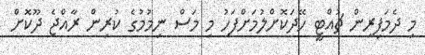
މި ދެމަފިރިން ޗުއްޓީ ހޭދަކޮށްލުމަށްފަހު މި މަސް ނިމުމުގެ ކުރިން ރާއްޖެ ދޫކޮށް